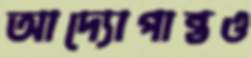
আদ্যোপান্তও